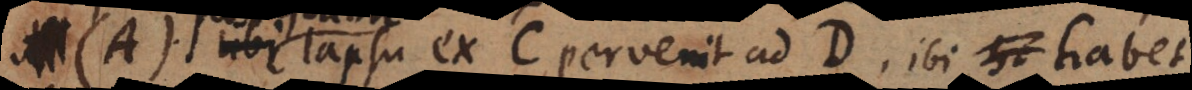
(A) postquam lapsu ex C pervenit ad D, ibi habet